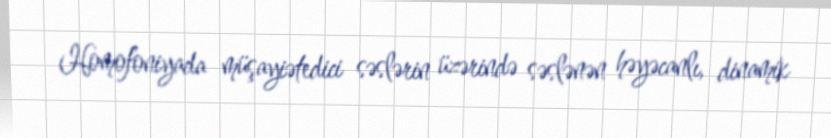
Homofoniyada müşayiətedici səslərin üzərində səslənən həyəcanlı, dinamik